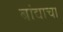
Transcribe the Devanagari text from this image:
बांद्याचा